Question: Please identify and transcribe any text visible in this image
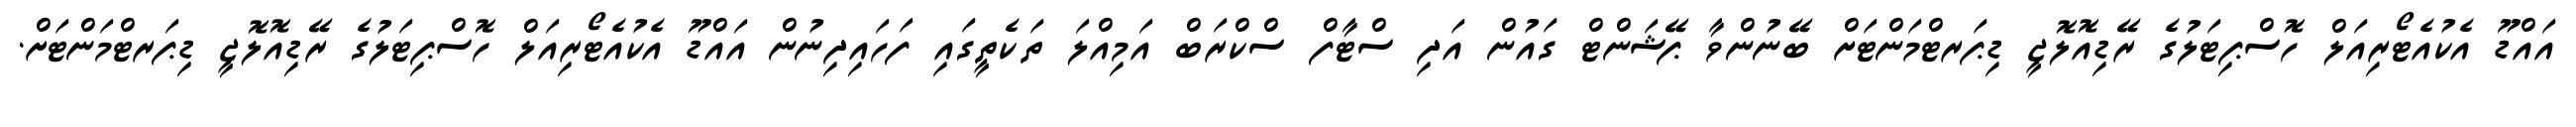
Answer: އައްޑޫ އެކުއެޓޯރިއަލް ހޮސްޕިޓަލުގެ ރޭޑިއޮލޮޖީ ޑިޕަރޓްމަންޓަށް ބޭނުންވާ ޕޭޝަންޓް ގައުން އަދި ސްޓާފް ސްކްރަބް އަމިއްލަ ތަކެތީގައި ފަހައިދިނުން އައްޑޫ އެކުއެޓޯރިއަލް ހޮސްޕިޓަލުގެ ރޭޑިއޮލޮޖީ ޑިޕަރޓްމަންޓަށް.